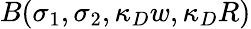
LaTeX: B(\sigma_{1},\sigma_{2},\kappa_{D}w,\kappa_{D}R)